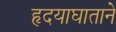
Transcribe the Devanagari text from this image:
हृदयाघाताने